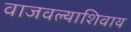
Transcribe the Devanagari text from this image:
वाजवल्याशिवाय